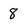
Character: 8